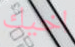
اخيك